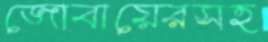
জোবায়েরসহ